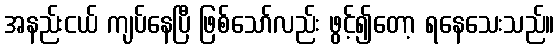
အနည်းငယ် ကျပ်နေပြီ ဖြစ်သော်လည်း ဖွင့်၍တော့ ရနေသေးသည်။